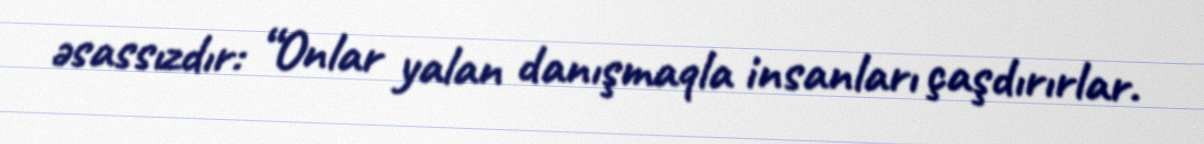
əsassızdır: “Onlar yalan danışmaqla insanları çaşdırırlar.